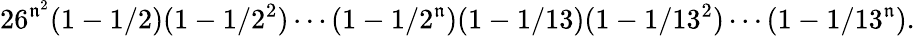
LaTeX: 26^{\mathfrak{n}^{2}}(1-1/2)(1-1/2^{2})\cdots(1-1/2^{\mathfrak{n}})(1-1/13)(1-1/13^{2})\cdots(1-1/13^{\mathfrak{n}}).